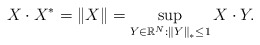
\begin{align*}X\cdot X^{\ast}=\left\Vert X\right\Vert =\sup_{Y\in\mathbb{R}^{N}:\left\Vert Y\right\Vert _{\ast}\leq1}X\cdot Y.\end{align*}